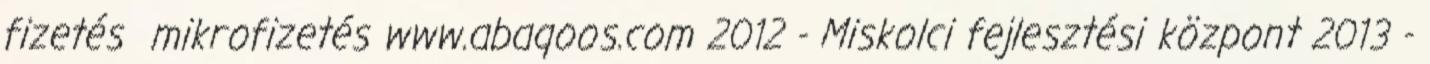
fizetés mikrofizetés www.abaqoos.com 2012 - Miskolci fejlesztési központ 2013 -